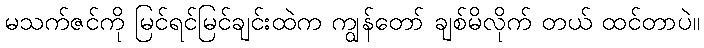
မသက်ဇင်ကို မြင်ရင်မြင်ချင်းထဲက ကျွန်တော် ချစ်မိလိုက် တယ် ထင်တာပဲ။